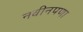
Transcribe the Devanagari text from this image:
नवीनपणा